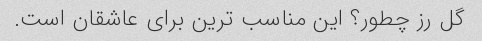
گل رز چطور؟ این مناسب ترین برای عاشقان است.